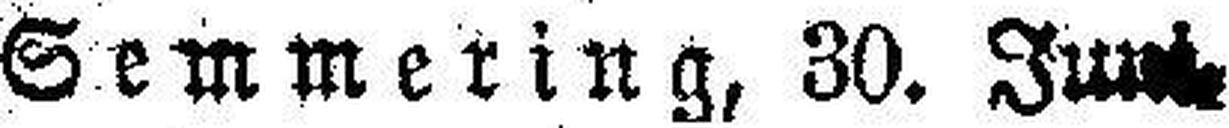
Semmering, 30. Juni.